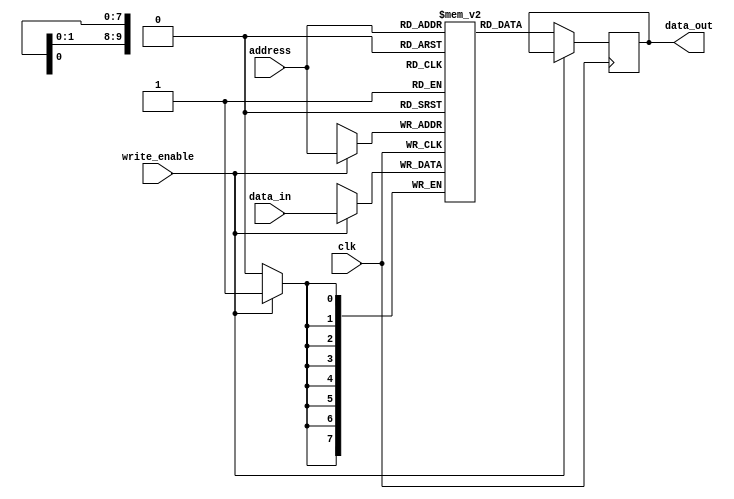
`timescale 1ns / 1ps
//////////////////////////////////////////////////////////////////////////////////
// Company: 
// 
// Design Name: 1 kilo byte Syncronous Ram
// Module Name: ram
// Project Name: 
// Target Devices: 
// Tool Versions: 
// Description: 
// 
// Dependencies: 
// 
// Revision:
// Revision 0.01 - File Created
// Additional Comments:
// 
//////////////////////////////////////////////////////////////////////////////////


module ram(
    input clk,
    input write_enable,
    input [9:0]address,
    input [7:0]data_in,
    output reg [7:0]data_out
);

reg [7:0]ram_block[0:1023];

always @(posedge clk) begin
        if(write_enable)
            ram_block[address] <= data_in;
        else
            data_out <= ram_block[address];
end

endmodule